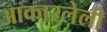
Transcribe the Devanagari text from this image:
आकारलेली